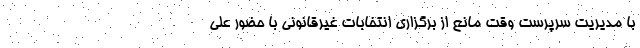
با مدیریت سرپرست وقت مانع از برگزاری انتخابات غیرقانونی با حضور علی